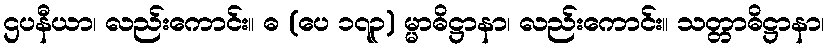
ဌပနီယာ၊ လည်းကောင်း။ ဓ (ပေ ၁၇၃) မ္မာဓိဋ္ဌာနာ၊ လည်းကောင်း။ သတ္တာဓိဋ္ဌာနာ၊